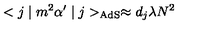
< j \mid m ^ { 2 } \alpha ^ { \prime } \mid j > _ { \mathrm { A d S } } \approx d _ { { j } } \lambda N ^ { 2 }